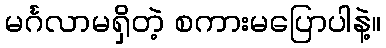
မင်္ဂလာမရှိတဲ့ စကားမပြောပါနဲ့။